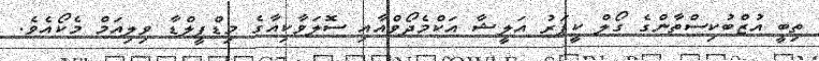
ތިބީ އުޒްބުކިސްތާންގެ ގޯލް ކީޕަރު އަލީޝާ އަކްމެދޯވްއާއި ސޮލަވާކިއާގެ މިޑްފީލްޑާ ވިލިއަމް މެކޯއެވެ.